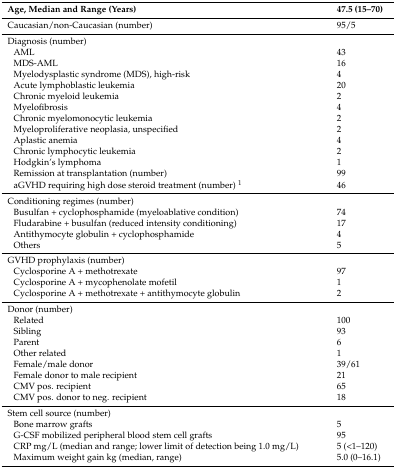
<table><thead><tr><td><b>Age, Median and Range (Years)</b></td><td><b>47.5 (15–70)</b></td></tr></thead><tbody><tr><td>Caucasian/non-Caucasian (number)</td><td>95/5</td></tr><tr><td>Diagnosis (number)</td><td></td></tr><tr><td> AML</td><td>43</td></tr><tr><td> MDS-AML</td><td>16</td></tr><tr><td> Myelodysplastic syndrome (MDS), high-risk</td><td>4</td></tr><tr><td> Acute lymphoblastic leukemia</td><td>20</td></tr><tr><td> Chronic myeloid leukemia</td><td>2</td></tr><tr><td> Myelofibrosis</td><td>4</td></tr><tr><td> Chronic myelomonocytic leukemia</td><td>2</td></tr><tr><td> Myeloproliferative neoplasia, unspecified</td><td>2</td></tr><tr><td> Aplastic anemia</td><td>4</td></tr><tr><td> Chronic lymphocytic leukemia</td><td>2</td></tr><tr><td> Hodgkin’s lymphoma</td><td>1</td></tr><tr><td>Remission at transplantation (number)</td><td>99</td></tr><tr><td>aGVHD requiring high dose steroid treatment (number) <sup>1</sup></td><td>46</td></tr><tr><td>Conditioning regimes (number)</td><td></td></tr><tr><td> Busulfan + cyclophosphamide (myeloablative condition)</td><td>74</td></tr><tr><td> Fludarabine + busulfan (reduced intensity conditioning)</td><td>17</td></tr><tr><td> Antithymocyte globulin + cyclophosphamide</td><td>4</td></tr><tr><td> Others</td><td>5</td></tr><tr><td>GVHD prophylaxis (number)</td><td></td></tr><tr><td> Cyclosporine A + methotrexate</td><td>97</td></tr><tr><td> Cyclosporine A + mycophenolate mofetil</td><td>1</td></tr><tr><td> Cyclosporine A + methotrexate + antithymocyte globulin</td><td>2</td></tr><tr><td>Donor (number)</td><td></td></tr><tr><td> Related</td><td>100</td></tr><tr><td> Sibling</td><td>93</td></tr><tr><td> Parent</td><td>6</td></tr><tr><td> Other related</td><td>1</td></tr><tr><td> Female/male donor</td><td>39/61</td></tr><tr><td> Female donor to male recipient</td><td>21</td></tr><tr><td> CMV pos. recipient</td><td>65</td></tr><tr><td> CMV pos. donor to neg. recipient</td><td>18</td></tr><tr><td>Stem cell source (number)</td><td></td></tr><tr><td> Bone marrow grafts</td><td>5</td></tr><tr><td> G-CSF mobilized peripheral blood stem cell grafts</td><td>95</td></tr><tr><td>CRP mg/L (median and range; lower limit of detection being 1.0 mg/L)</td><td>5 (&lt;1–120)</td></tr><tr><td>Maximum weight gain kg (median, range)</td><td>5.0 (0–16.1)</td></tr></tbody></table>